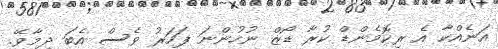
އަނެއްކާ އެ ރިކޮމެންޑް ކުރާ ޑޯޒް ނުހުންނަ ފަހަރު ވެސް އެބަ ދިމާވޭ.